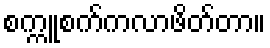
စက္ကူစက်ကလာဖိတ်တာ။